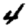
Digit: 4